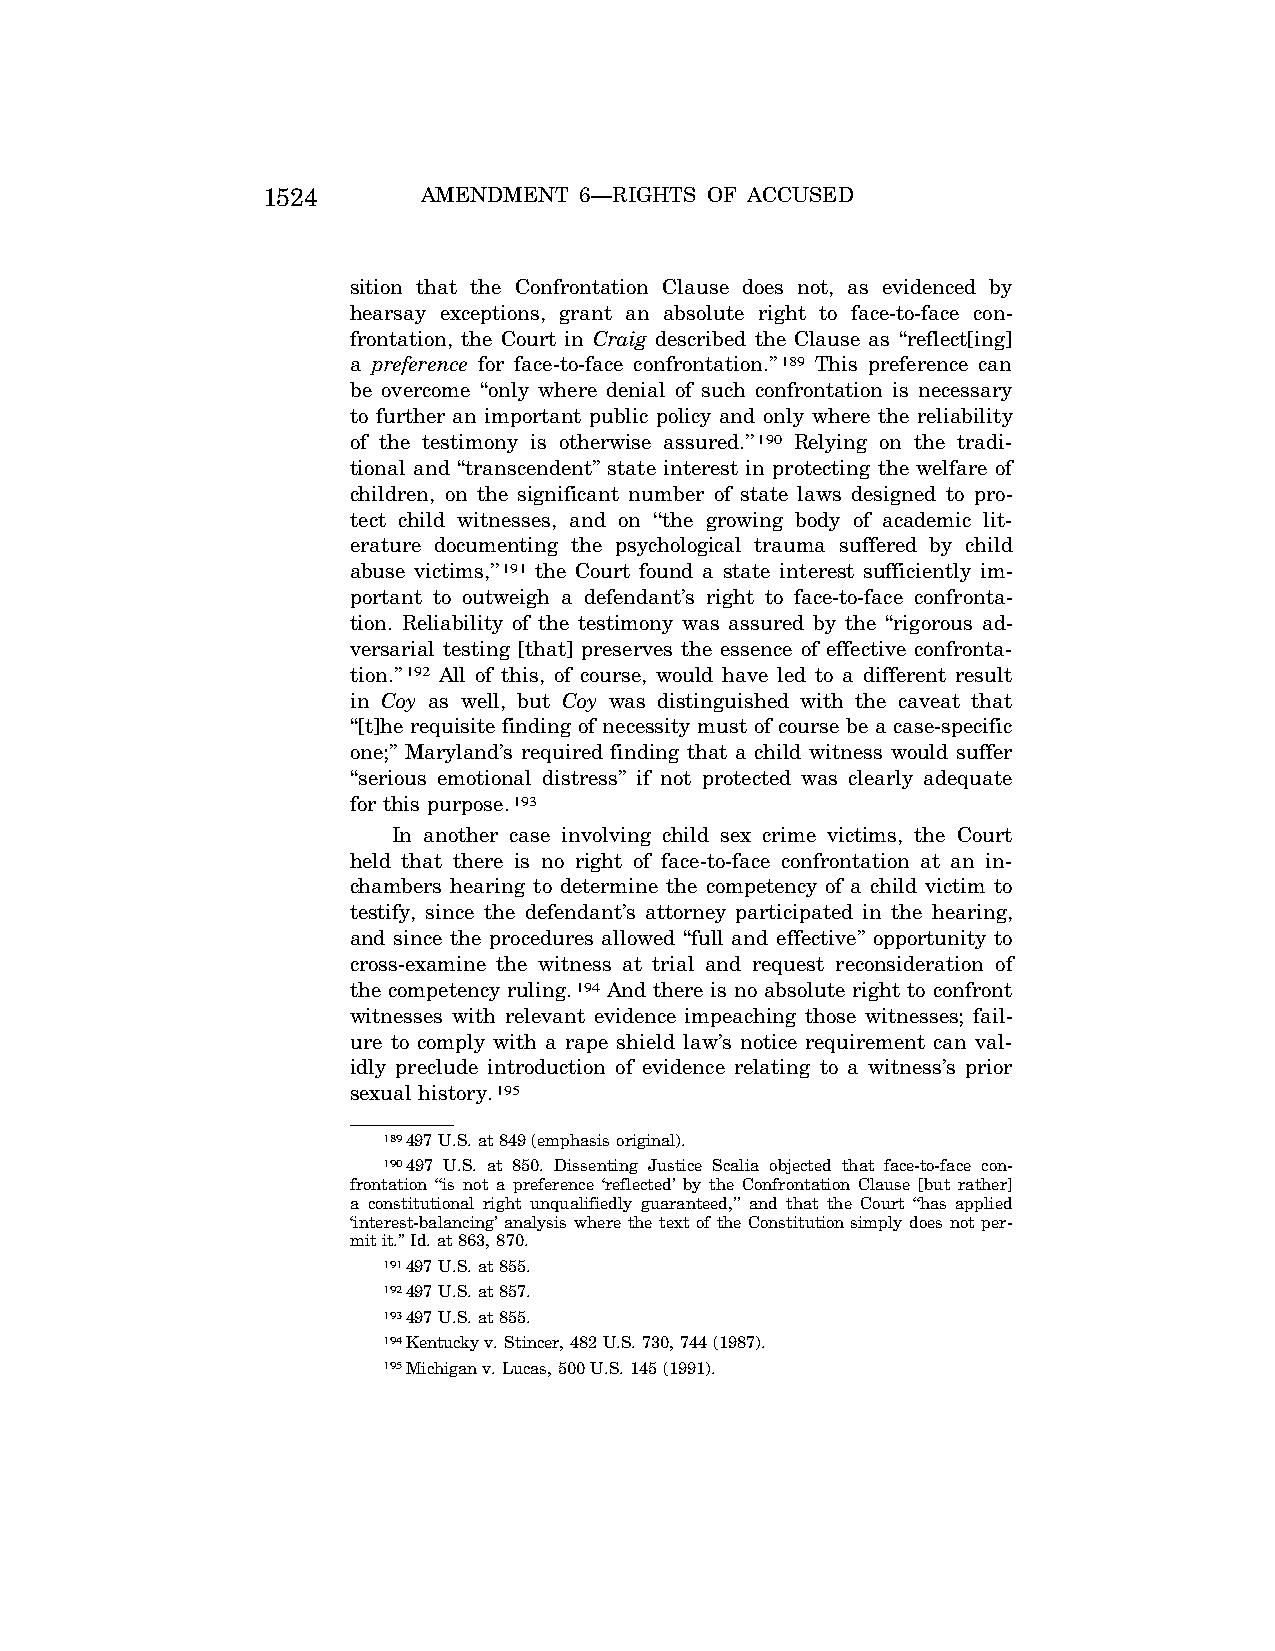
1524       AMENDMENT 6—RIGHTS OF ACCUSED
 sition that the Confrontation Clause does not, as evidenced by
 hearsay exceptions, grant an absolute right to face-to-face con-
 frontation, the Court in Craig described the Clause as ‘‘reflect[ing]
 a preference for face-to-face confrontation.’’189 This preference can
 be overcome ‘‘only where denial of such confrontation is necessary
 to further an important public policy and only where the reliability
 of the testimony is otherwise assured.’’190 Relying on the tradi-
 tional and ‘‘transcendent’’ state interest in protecting the welfare of
 children, on the significant number of state laws designed to pro-
 tect child witnesses, and on ‘‘the growing body of academic lit-
 erature documenting the psychological trauma suffered by child
 abuse victims,’’191 the Court found a state interest sufficiently im-
 portant to outweigh a defendant’s right to face-to-face confronta-
 tion. Reliability of the testimony was assured by the ‘‘rigorous ad-
 versarial testing [that] preserves the essence of effective confronta-
 tion.’’192 All of this, of course, would have led to a different result
 in Coy as well, but Coy was distinguished with the caveat that
 ‘‘[t]he requisite finding of necessity must of course be a case-specific
 one;’’ Maryland’s required finding that a child witness would suffer
 ‘‘serious emotional distress’’ if not protected was clearly adequate
 for this purpose.193
 In another case involving child sex crime victims, the Court
 held that there is no right of face-to-face confrontation at an in-
 chambers hearing to determine the competency of a child victim to
 testify, since the defendant’s attorney participated in the hearing,
 and since the procedures allowed ‘‘full and effective’’ opportunity to
 cross-examine the witness at trial and request reconsideration of
 the competency ruling.194 And there is no absolute right to confront
 witnesses with relevant evidence impeaching those witnesses; fail-
 ure to comply with a rape shield law’s notice requirement can val-
 idly preclude introduction of evidence relating to a witness’s prior
 sexual history.195
 189497 U.S. at 849 (emphasis original).
 190497 U.S. at 850. Dissenting Justice Scalia objected that face-to-face con-
 frontation ‘‘is not a preference ‘reflected’ by the Confrontation Clause [but rather]
 a constitutional right unqualifiedly guaranteed,’’ and that the Court ‘‘has applied
 ‘interest-balancing’ analysis where the text of the Constitution simply does not per-
 mit it.’’ Id. at 863, 870.
 191497 U.S. at 855.
 192497 U.S. at 857.
 193497 U.S. at 855.
 194Kentucky v. Stincer, 482 U.S. 730, 744 (1987).
 195Michigan v. Lucas, 500 U.S. 145 (1991).
 VerDate Apr<15>2004 10:27 Jun 25, 2004 Jkt 077500 PO 00000 Frm 00032 Fmt 8222 Sfmt 8222 C:\CONAN\CON032.SGM PRFM99 PsN: CON032